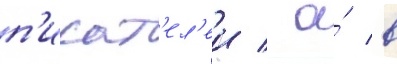
п'исат'ел'еи / а́ в